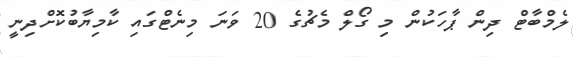
ލެމްބާޓް ދިން ޕާހަކުން މި ގޯލް މެޗުގެ 20 ވަނަ މިނެޓްގައި ކާމިޔާބުކޮށްދިނީ